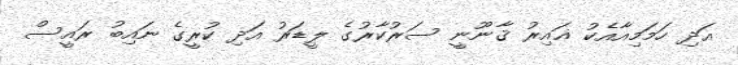
އަދި ހަމަމިއާއެކު ޣައިރު ޤާނޫނީ ސަރުކާރުގެ ލީޑަރު އަދި ކުރީގެ ނައިބު ރައީސް